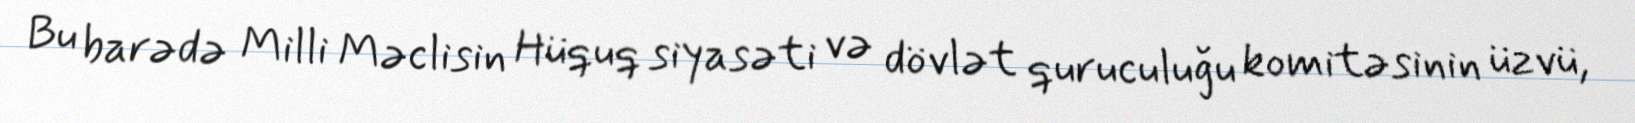
Bu barədə Milli Məclisin Hüquq siyasəti və dövlət quruculuğu komitəsinin üzvü,